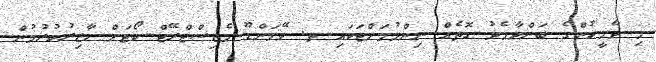
މި ދެމީހުންގެ ބަންދާމެދު ގޮތެއް ނިންމުމަށްޓަކައި ތ. ވޭމަންޑޫ މެޖިސްޓްރޭޓް ކޯޓަށް ހާޒިރުކުރުމުން